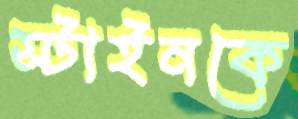
স্টাইনকে